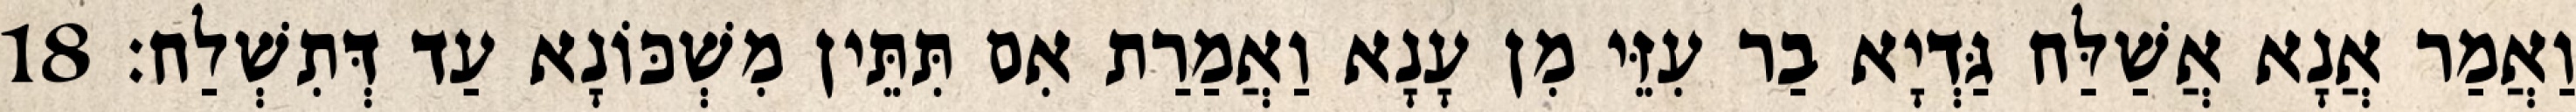
וַאֲמַר אֲנָא אֲשַׁלַּח גַּדְיָא בַר עִזֵּי מִן עָנָא וַאֲמַרַת אִם תִּתֵּין מִשְׁכּוֹנָא עַד דְּתִשְׁלַח׃ 18